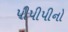
પીપીપીનો